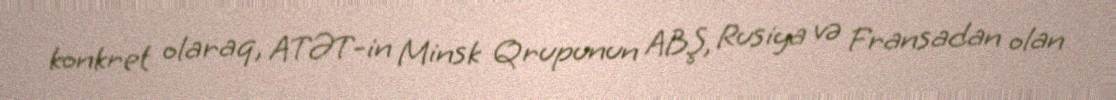
konkret olaraq, ATƏT-in Minsk Qrupunun ABŞ, Rusiya və Fransadan olan